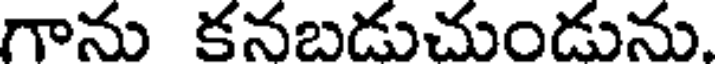
గాను కనబడుచుండును.